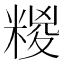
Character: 糉